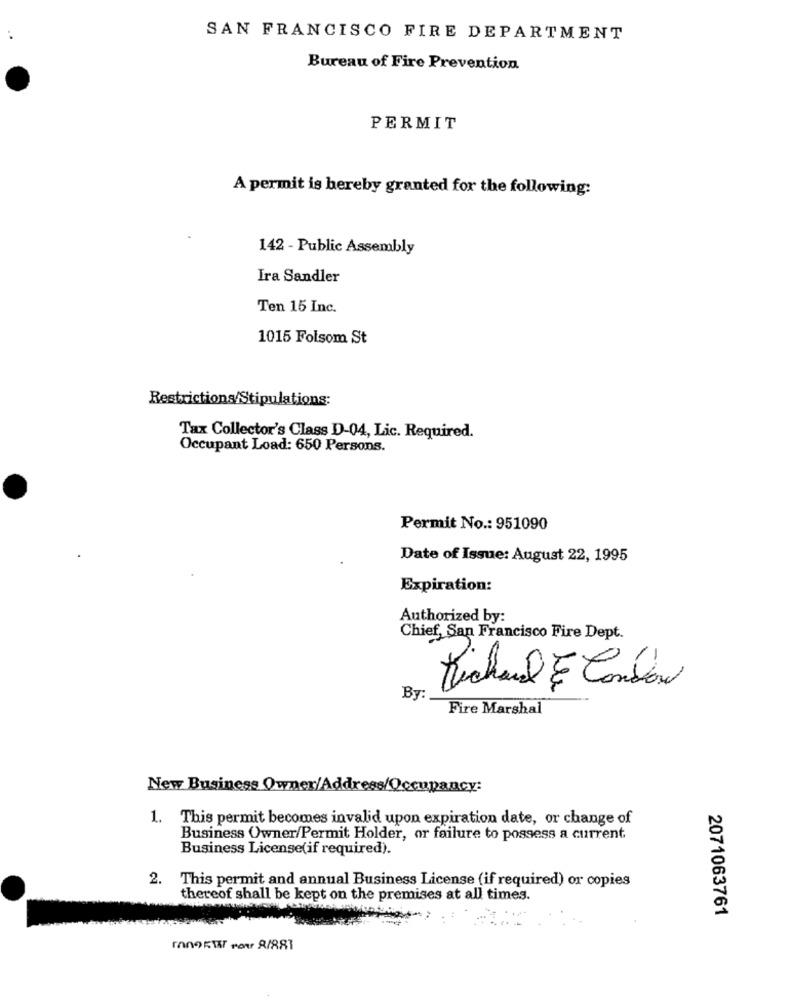
SAN FRANCISCO FIRE DEPARTMENT
Bureau of Fire Prevention
PERMIT
A permit is hereby granted for the following:
142 - Public Assembly
Ira Sandler
Ten 15 Inc.
1015 Folsom St
Restrictions/Stipulations;
Tax Collector's Class D-04, Lic. Required.
Occupant Load: 650 Persons.
Permit No .: 951090
Date of Issue: August 22, 1995
Expiration:
Authorized by:
Chief, San Francisco Fire Dept.
Michael E Condon
By:
Fire Marshal
New Business Owner/Address/Occupancy:
1. This permit becomes invalid upon expiration date, or change of
Business Owner/Permit Holder, or failure to possess a current
Business License(if required).
2. This permit and annual Business License (if required) or copies
thereof shall be kept on the premises at all times.
2071063761